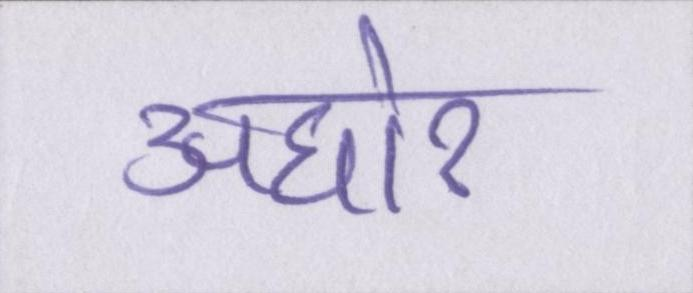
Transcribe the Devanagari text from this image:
अघोर